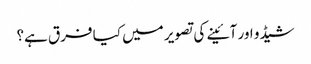
شیڈو اور آئینے کی تصویر میں کیا فرق ہے؟